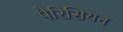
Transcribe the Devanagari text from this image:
पैरिसियन